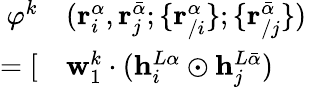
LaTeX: \begin{array}{rlr}{\varphi^{k}}&{{}(\mathbf{r}_{i}^{\alpha},\mathbf{r}_{j}^{\bar{\alpha}};\{ \mathbf{r}_{/i}^{\alpha}\} ;\{ \mathbf{r}_{/j}^{\bar{\alpha}}\} )}&{}\\ {=[}&{{}\mathbf{w}_{1}^{k}\cdot(\mathbf{h}_{i}^{L\alpha}\odot\mathbf{h}_{j}^{L\bar{\alpha}})}\end{array}